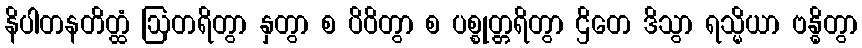
နိပါတနတိတ္ထံ ဩတရိတွာ နှတွာ စ ပိဝိတွာ စ ပစ္စုတ္တရိတွာ ဌိတေ ဒိသွာ ရသ္မိယာ ဗန္ဓိတွာ